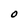
Character: O